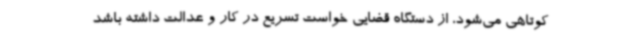
کوتاهی می‌شود، از دستگاه قضایی خواست تسریع در کار و عدالت داشته باشد